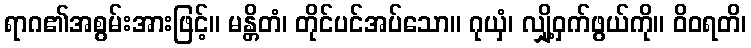
ရာဂ၏အစွမ်းအားဖြင့်။ မန္တိတံ၊ တိုင်ပင်အပ်သော။ ဂုယှံ၊ လျှို့ဝှက်ဖွယ်ကို။ ဝိဝရတိ၊